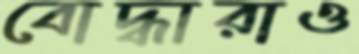
বোদ্ধারাও